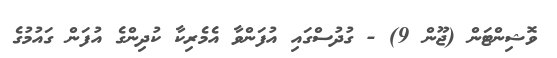
ވޮޝިންޓަން (ޖޫން 9) - ގުދުސްގައި އުފަންވާ އެމެރިކާ ކުދިންގެ އުފަން ގައުމުގެ